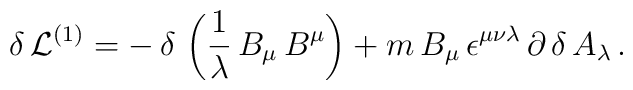
\delta\,{\cal L}^{(1)} = -\,\delta\,\left(\frac{1}{\lambda}\,B_{\mu}\,B^{\mu}\right)    +     m\,B_{\mu}\,\epsilon^{\mu\nu\lambda}\,\partial\,\delta\,A_{\lambda}\,.